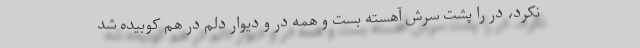
نکرد، در را پشت سرش آهسته بست و همه در و دیوار دلم در هم کوبیده شد